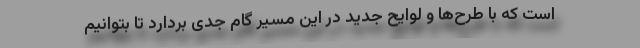
است که با طرح‌ها و لوایح جدید در این مسیر گام جدی بردارد تا بتوانیم